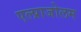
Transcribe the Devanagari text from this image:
एल्प्राजोलम